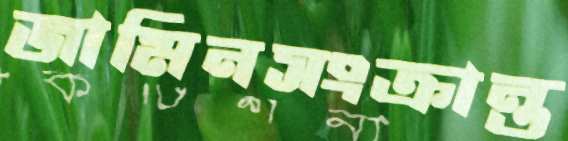
জামিনসংক্রান্ত